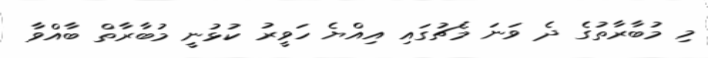
މި މުބާރާތުގެ ދެ ވަނަ މެޗުގައި އިއްޔެ ހަވީރު ކުޅުނީ މުބާރާތް ބާއްވާ